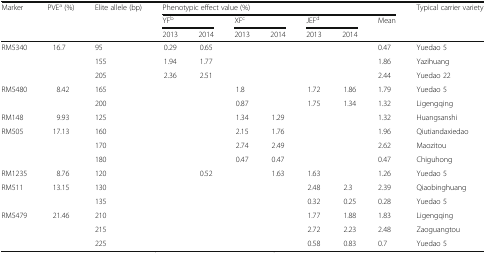
<table><thead><tr><td rowspan="3"><b>Marker</b></td><td rowspan="3"><b>PVE<sup>a</sup> (%)</b></td><td rowspan="3"><b>Elite allele (bp)</b></td><td colspan="7"><b>Phenotypic effect value (%)</b></td><td><b>Typical carrier variety</b></td></tr><tr><td colspan="2"><b>YF<sup>b</sup></b></td><td colspan="2"><b>XF<sup>c</sup></b></td><td colspan="2"><b>JEF<sup>d</sup></b></td><td rowspan="2"><b>Mean</b></td><td rowspan="2"></td></tr><tr><td><b>2013</b></td><td><b>2014</b></td><td><b>2013</b></td><td><b>2014</b></td><td><b>2013</b></td><td><b>2014</b></td></tr></thead><tbody><tr><td rowspan="3">RM5340</td><td rowspan="3">16.7</td><td>95</td><td>0.29</td><td>0.65</td><td></td><td></td><td></td><td></td><td>0.47</td><td>Yuedao 5</td></tr><tr><td>155</td><td>1.94</td><td>1.77</td><td></td><td></td><td></td><td></td><td>1.86</td><td>Yazihuang</td></tr><tr><td>205</td><td>2.36</td><td>2.51</td><td></td><td></td><td></td><td></td><td>2.44</td><td>Yuedao 22</td></tr><tr><td rowspan="2">RM5480</td><td rowspan="2">8.42</td><td>165</td><td></td><td></td><td>1.8</td><td></td><td>1.72</td><td>1.86</td><td>1.79</td><td>Yuedao 5</td></tr><tr><td>200</td><td></td><td></td><td>0.87</td><td></td><td>1.75</td><td>1.34</td><td>1.32</td><td>Ligengqing</td></tr><tr><td>RM148</td><td>9.93</td><td>125</td><td></td><td></td><td>1.34</td><td>1.29</td><td></td><td></td><td>1.32</td><td>Huangsanshi</td></tr><tr><td rowspan="3">RM505</td><td rowspan="3">17.13</td><td>160</td><td></td><td></td><td>2.15</td><td>1.76</td><td></td><td></td><td>1.96</td><td>Qiutiandaxiedao</td></tr><tr><td>170</td><td></td><td></td><td>2.74</td><td>2.49</td><td></td><td></td><td>2.62</td><td>Maozitou</td></tr><tr><td>180</td><td></td><td></td><td>0.47</td><td>0.47</td><td></td><td></td><td>0.47</td><td>Chiguhong</td></tr><tr><td>RM1235</td><td>8.76</td><td>120</td><td></td><td>0.52</td><td></td><td>1.63</td><td>1.63</td><td></td><td>1.26</td><td>Yuedao 5</td></tr><tr><td rowspan="2">RM511</td><td rowspan="2">13.15</td><td>130</td><td></td><td></td><td></td><td></td><td>2.48</td><td>2.3</td><td>2.39</td><td>Qiaobinghuang</td></tr><tr><td>135</td><td></td><td></td><td></td><td></td><td>0.32</td><td>0.25</td><td>0.28</td><td>Yuedao 5</td></tr><tr><td rowspan="3">RM5479</td><td rowspan="3">21.46</td><td>210</td><td></td><td></td><td></td><td></td><td>1.77</td><td>1.88</td><td>1.83</td><td>Ligengqing</td></tr><tr><td>215</td><td></td><td></td><td></td><td></td><td>2.72</td><td>2.23</td><td>2.48</td><td>Zaoguangtou</td></tr><tr><td>225</td><td></td><td></td><td></td><td></td><td>0.58</td><td>0.83</td><td>0.7</td><td>Yuedao 5</td></tr></tbody></table>